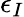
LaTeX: \epsilon_{I}